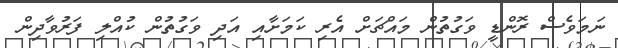
ނަމަވެސް ރޮންޑީ ވަގުތުން މައްޗަށް އެރި ކަމަށާއި އަދި ވަގުތުން ކުއްލި ފަރުވާދިން